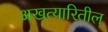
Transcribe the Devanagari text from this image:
अखत्यारितील